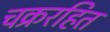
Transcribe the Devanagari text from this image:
चक्ररहित